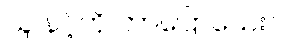
သူ နင့်ကို ဘာပြောသေးလဲ